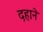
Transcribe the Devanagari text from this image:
दहाने